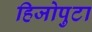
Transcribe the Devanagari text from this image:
हिजोपुटा